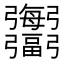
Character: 𢑍